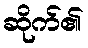
ဆိုက်၏